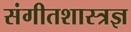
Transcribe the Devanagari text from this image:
संगीतशास्त्रज्ञ